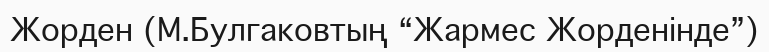
Жорден (М.Булгаковтың “Жармес Жорденінде”)